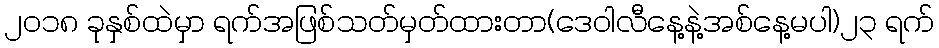
၂၀၁၈ ခုနှစ်ထဲမှာ ရက်အဖြစ်သတ်မှတ်ထားတာ(ဒေဝါလီနေ့နဲ့အစ်နေ့မပါ)၂၃ ရက်